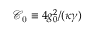
\mathcal { C } _ { \mathrm { 0 } } \equiv 4 g _ { 0 } ^ { 2 } / ( \kappa \gamma )